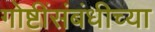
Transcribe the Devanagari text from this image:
गोष्टींसंबंधीच्या